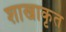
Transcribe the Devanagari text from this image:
शाखाकृत